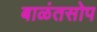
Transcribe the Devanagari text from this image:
बाळंतसोप